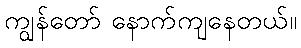
ကျွန်တော် နောက်ကျနေတယ်။